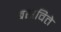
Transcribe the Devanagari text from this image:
बसविते